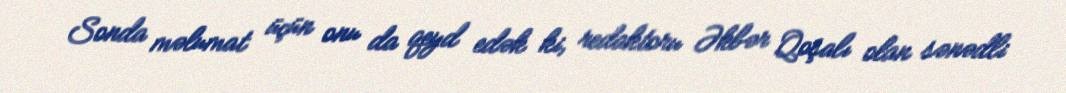
Sonda məlumat üçün onu da qeyd edək ki, redaktoru Əkbər Qoşalı olan sənədli